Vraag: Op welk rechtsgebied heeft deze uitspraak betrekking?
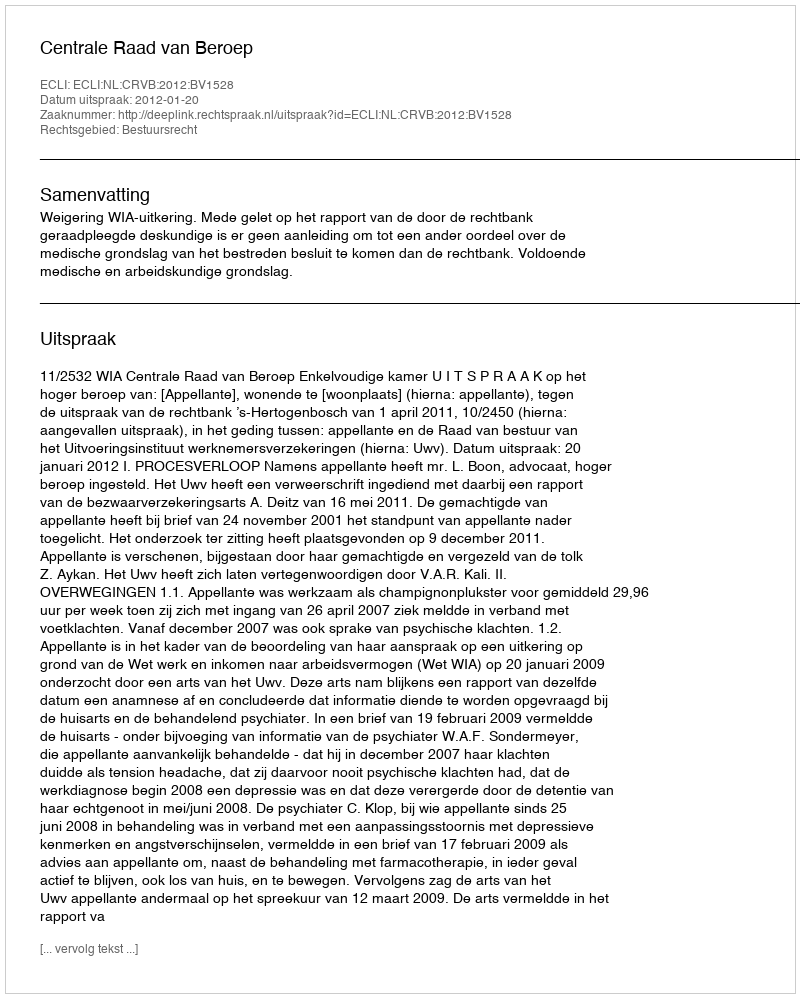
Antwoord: Bestuursrecht